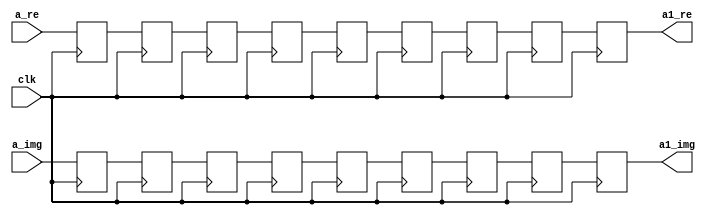
`timescale 1ns / 1ps
//////////////////////////////////////////////////////////////////////////////////
// Company: 
// Engineer: 
// 
// Design Name: 
// Module Name:    buf_6 
// Project Name: 
// Target Devices: 
// Tool versions: 
// Description: 
//
// Dependencies: 
//
// Revision: 
// Revision 0.01 - File Created
// Additional Comments: 
//
//////////////////////////////////////////////////////////////////////////////////
module buf_6(
    input [31:0] a_re,
    input [31:0] a_img,
    input clk,
    output reg [31:0] a1_re,
    output reg [31:0] a1_img
    );
reg [31:0] n0 [0:7];
reg [31:0] n1 [0:7];
always @(posedge clk) begin
n0[0]<=a_re;
n0[1]<=n0[0];
n0[2]<=n0[1];
n0[3]<=n0[2];
n0[4]<=n0[3];
n0[5]<=n0[4];
n0[6]<=n0[5];
n0[7]<=n0[6];
a1_re<=n0[7];

n1[0]<=a_img;
n1[1]<=n1[0];
n1[2]<=n1[1];
n1[3]<=n1[2];
n1[4]<=n1[3];
n1[5]<=n1[4];
n1[6]<=n1[5];
n1[7]<=n1[6];
a1_img<=n1[7];
end
endmodule